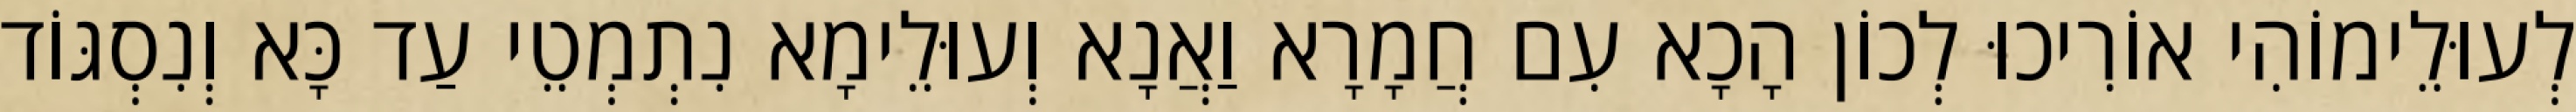
לְעוּלֵימוֹהִי אוֹרִיכוּ לְכוֹן הָכָא עִם חֲמָרָא וַאֲנָא וְעוּלֵימָא נִתְמְטֵי עַד כָּא וְנִסְגּוֹד